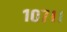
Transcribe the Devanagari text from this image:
१०७।।